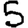
Digit: 5